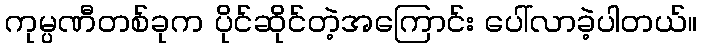
ကုမ္ပဏီတစ်ခုက ပိုင်ဆိုင်တဲ့အကြောင်း ပေါ်လာခဲ့ပါတယ်။